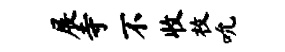
展寺不收枚吮